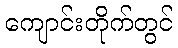
ကျောင်းတိုက်တွင်